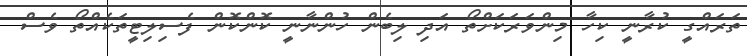
ތަރައްގީ ކުރާނީ ކިހާ މިންވަރަކަށްތޯ އަދި ލިބެން ހުންނާނީ ކޮންކޮން ފެސިލިޓީތަކެއްތޯ ވެސް